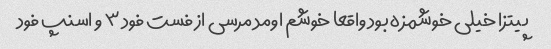
پیتزا خیلی خوشمزه بود واقعا خوشم اومد مرسی از فست فود ۳ و اسنپ فود